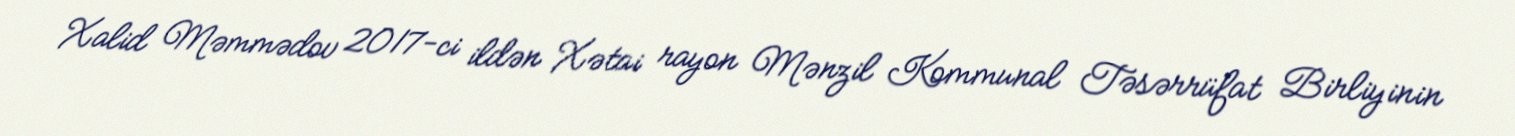
Xalid Məmmədov 2017-ci ildən Xətai rayon Mənzil Kommunal Təsərrüfat Birliyinin